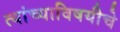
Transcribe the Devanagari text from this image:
त्यांच्याविषयीचे